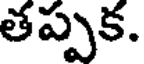
తప్పక.